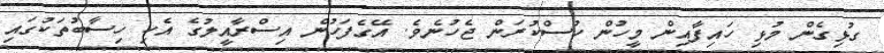
ގުޅިގެން މުޅި ހައިފާއިން މީހުން ހުސްކުރަން ޖެހުނެވެ. އޭގެފަހުން އިސްރާއީލުގެ އެކި ހިސާބުތަކުގައި